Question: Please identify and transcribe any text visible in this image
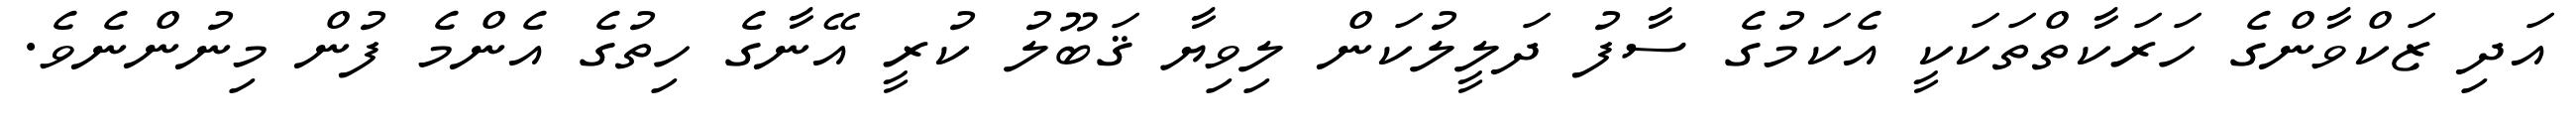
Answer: އަދި ޒަކްވާންގެ ހަރަކާތްތަކަކީ އެކަމުގެ ސާފު ދަލީލުކަން ލިވިޔާ ޤަބޫލު ކުރީ އޭނާގެ ހިތުގެ އެންމެ ފުން މިނުންނެވެ.